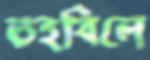
তহবিলে